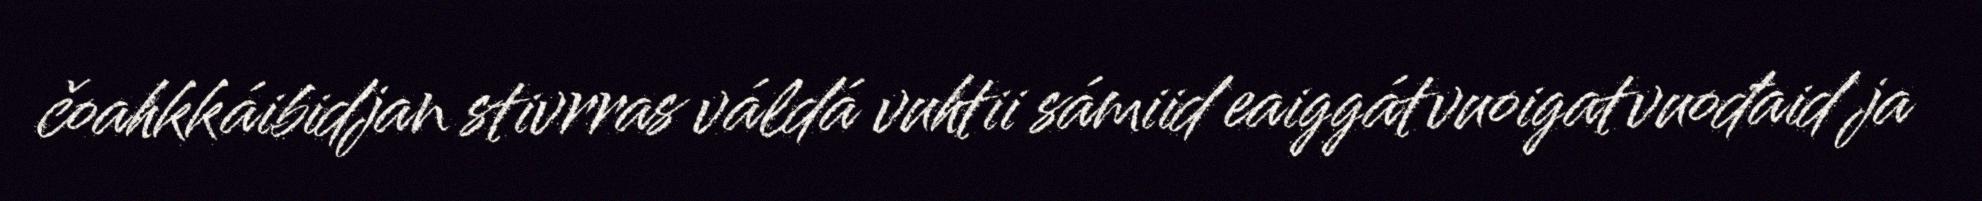
čoahkkáibidjan stivrras váldá vuhtii sámiid eaiggátvuoigatvuođaid ja